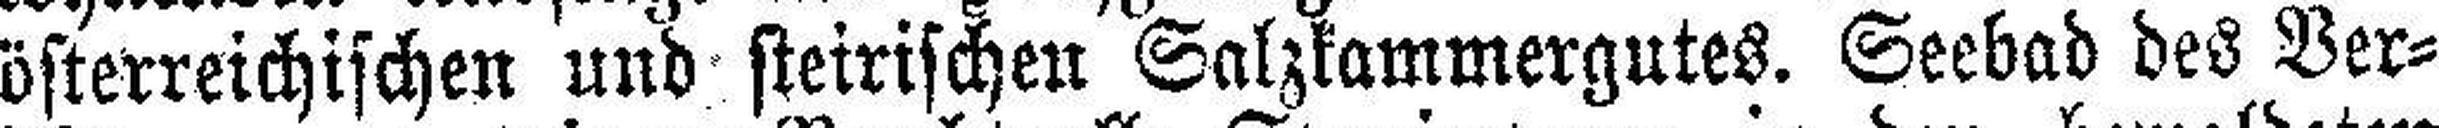
österreichischen und steirischen Salzkammergutes. Seebad des Ver¬